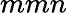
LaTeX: mmn